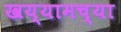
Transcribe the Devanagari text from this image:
खय्यामच्या